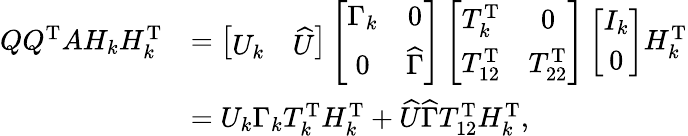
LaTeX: \begin{array}{rl}{QQ^{\mathrm{T}}AH_{k}H_{k}^{\mathrm{T}}}&{=\left[\begin{array}{ll}{U_{k}}&{\widehat{U}}\end{array}\right]\left[\begin{array}{cc}{\Gamma_{k}}&{0}\\ {0}&{\widehat{\Gamma}}\end{array}\right]\left[\begin{array}{cc}{T_{k}^{\mathrm{T}}}&{0}\\ {T_{12}^{\mathrm{T}}}&{T_{22}^{\mathrm{T}}}\end{array}\right]\left[\begin{array}{c}{I_{k}}\\ {0}\end{array}\right]H_{k}^{\mathrm{T}}}\\ &{=U_{k}\Gamma_{k}T_{k}^{\mathrm{T}}H_{k}^{\mathrm{T}}+\widehat{U}\widehat{\Gamma}T_{12}^{\mathrm{T}}H_{k}^{\mathrm{T}},}\end{array}